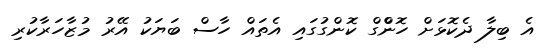
އެ ބިލާ ދެކޮޅަށް ހޮންްގް ކޮންގުގައި އެތައް ހާސް ބަޔަކު އޭރު މުޒާހަރާކުރި